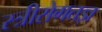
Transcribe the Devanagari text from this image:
स्त्रीरोगतज्ञ